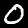
Digit: 0